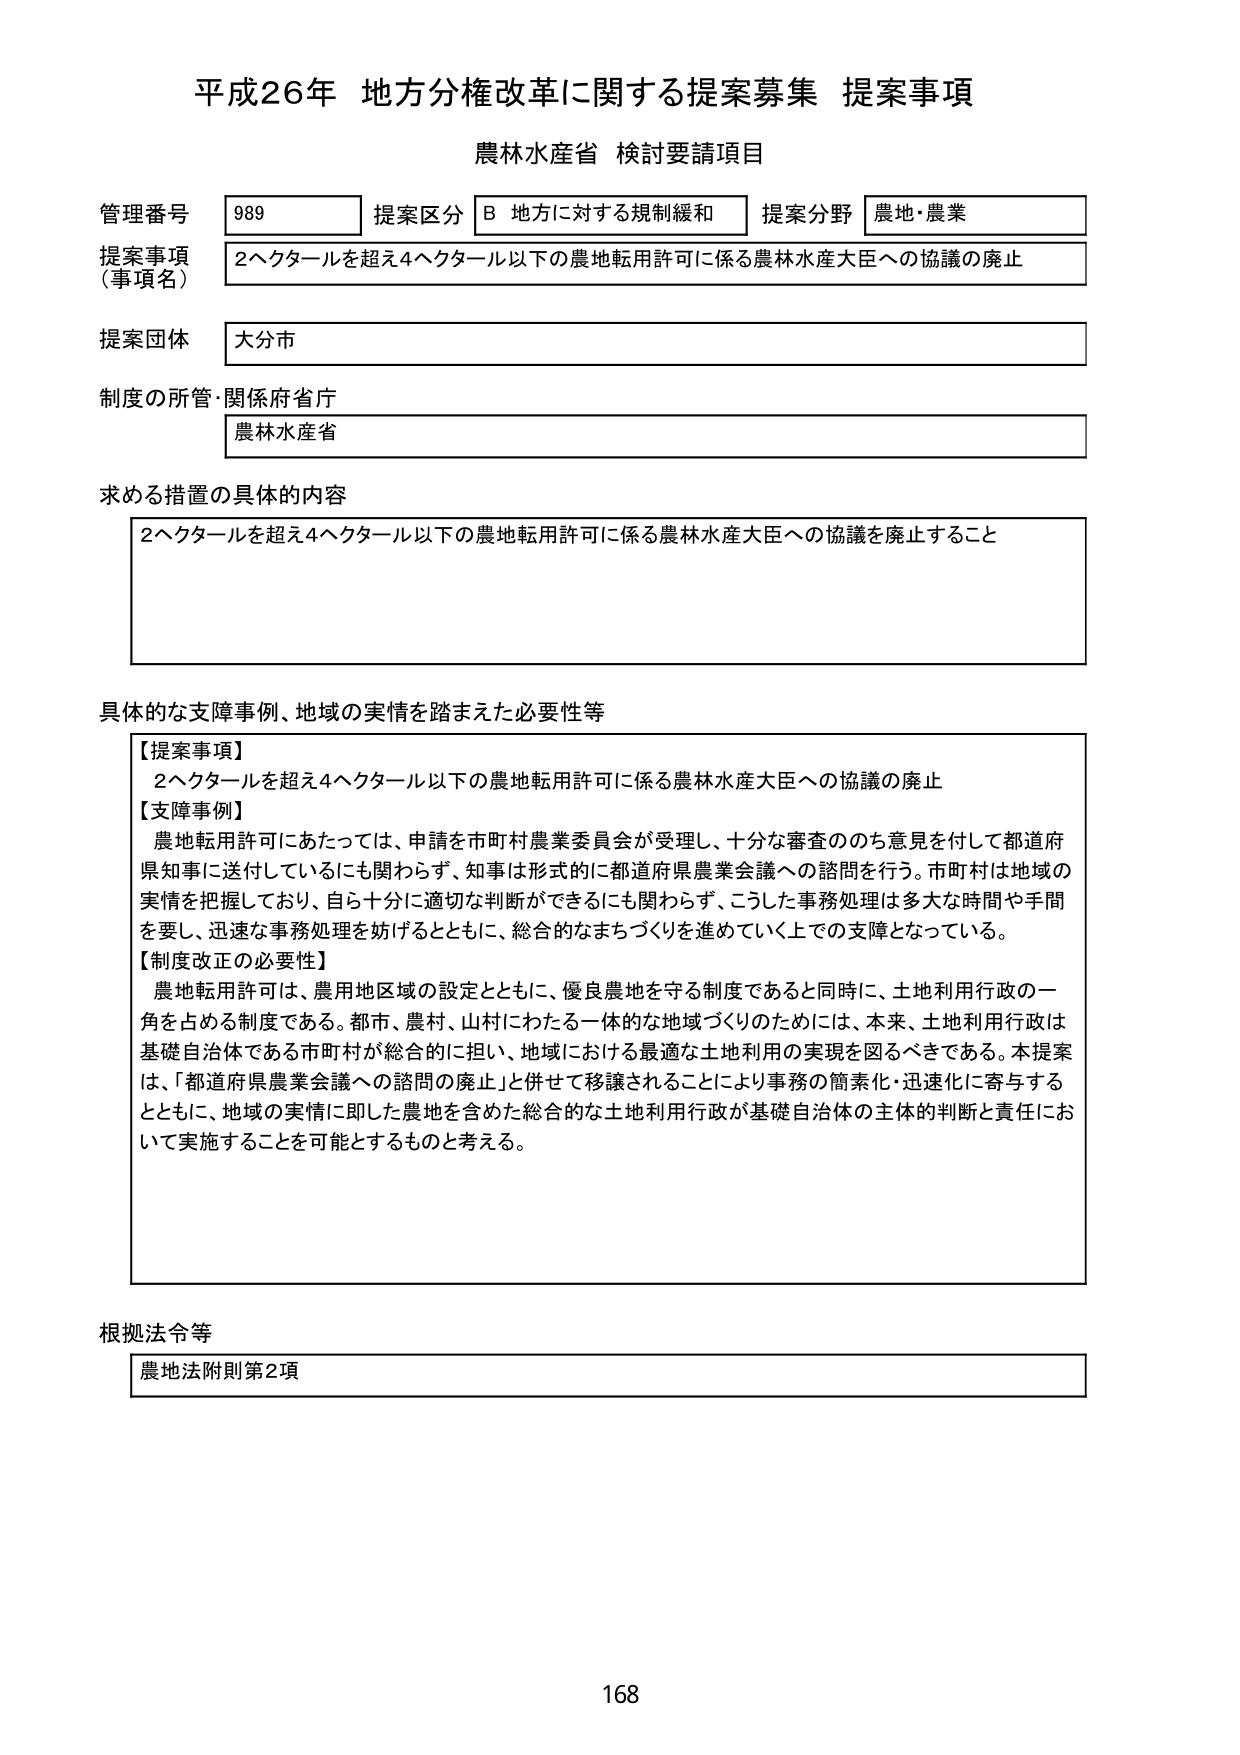
平成26年 地方分権改革に関する提案募集 提案事項
農林水産省 検討要請項目

管理番号 989
提案区分 B 地方に対する規制緩和
提案分野 農地・農業

提案事項（事項名）
2ヘクタールを超え4ヘクタール以下の農地転用許可に係る農林水産大臣への協議の廃止

提案団体
大分市

制度の所管・関係府省庁
農林水産省

求める措置の具体的内容
2ヘクタールを超え4ヘクタール以下の農地転用許可に係る農林水産大臣への協議を廃止すること

具体的な支障事例、地域の実情を踏まえた必要性等
【提案事項】
2ヘクタールを超え4ヘクタール以下の農地転用許可に係る農林水産大臣への協議の廃止
【支障事例】
農地転用許可にあたっては、申請を市町村農業委員会が受理し、十分な審査ののち意見を付して都道府県知事に送付しているにも関わらず、知事は形式的に都道府県農業会議への諮問を行う。市町村は地域の実情を把握しており、自ら十分に適切な判断ができるにも関わらず、こうした事務処理は多大な時間や手間を要し、迅速な事務処理を妨げるとともに、総合的なまちづくりを進めていく上での支障となっている。
【制度改正の必要性】
農地転用許可は、農用地区域の設定とともに、優良農地を守る制度であると同時に、土地利用行政の一角を占める制度である。都市、農村、山村にわたる一体的な地域づくりのためには、本来、土地利用行政は基礎自治体である市町村が総合的に担い、地域における最適な土地利用の実現を図るべきである。本提案は、「都道府県農業会議への諮問の廃止」と併せて移譲されることにより事務の簡素化・迅速化に寄与するとともに、地域の実情に即した農地を含めた総合的な土地利用行政が基礎自治体の主体的判断と責任において実施することを可能とするものと考える。

根拠法令等
農地法附則第2項

168